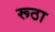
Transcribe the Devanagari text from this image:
रूठा